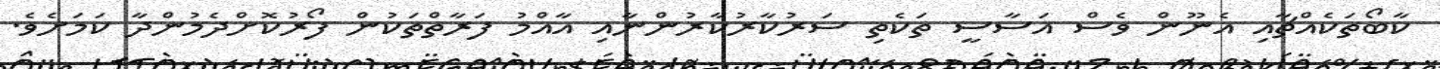
ކާބޯތަކެއްޗާއި އެނޫން ވެސް އަސާސީ ތަކެތި ސަރުކާރުކާރުންނާއި އާއްމު ފަރާތްތަކުން ފޯރުކޮށްދެމުންދާ ކަމަށެވެ.